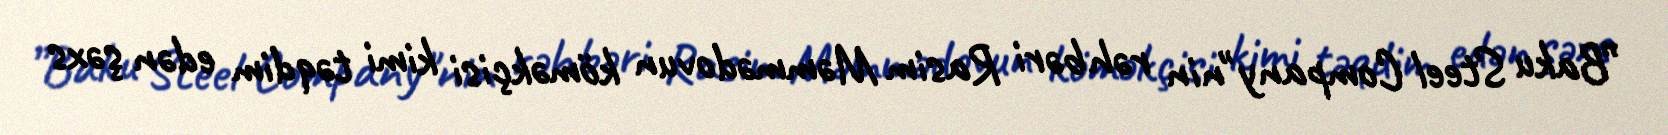
”Baku Steel Company"nin rəhbəri Rasim Məmmədovun köməkçisi kimi təqdim edən şəxs